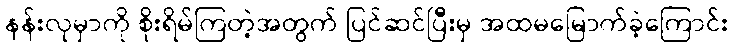
နန်းလုမှာကို စိုးရိမ်ကြတဲ့အတွက် ပြင်ဆင်ပြီးမှ အထမမြောက်ခဲ့ကြောင်း